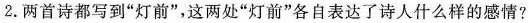
2. 两首诗都写到“灯前”，这两处“灯前”各自表达了诗人什么样的感情?